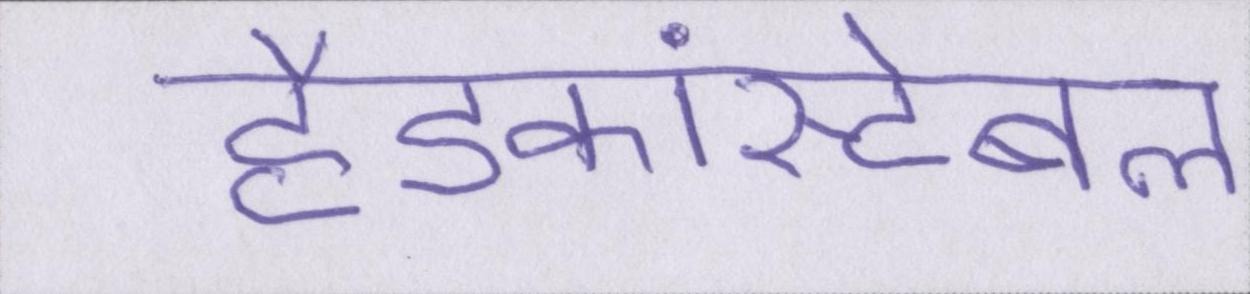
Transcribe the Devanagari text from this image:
हैडकांस्टेबल